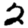
Digit: 2